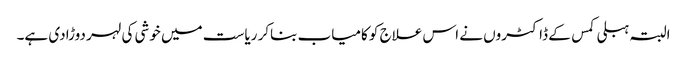
البتہ ہبلی کمس کے ڈاکٹروں نے اس علاج کو کامیاب بناکر ریاست میں خوشی کی لہر دوڑادی ہے۔